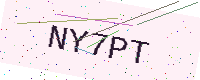
Text: NY7PT